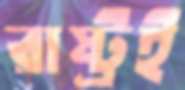
রাষ্ট্রই